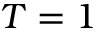
T = 1